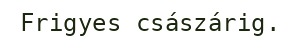
Frigyes császárig.